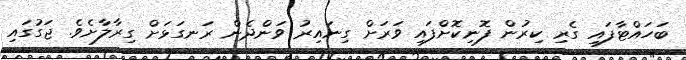
ބަހައްޓާފައި ގެރި ކިރުން ފޮނިކޮށްފައި ވަރަށް ގިނައިރު ވަންދެން ރަނގަޅަށް ގިރާލާށެވެ. ޖަގުގައި